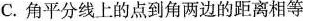
C.角平分线上的点到角两边的距离相等